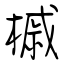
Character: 槭